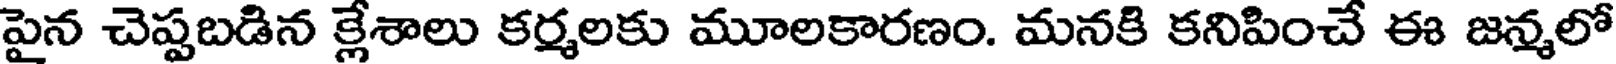
పైన చెప్పబడిన క్లేశాలు కర్మలకు మూలకారణం. మనకి కనిపించే ఈ జన్మలో